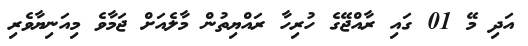
އަދި މޭ 01 ގައި ރާއްޖޭގެ ހުރިހާ ރައްޔިތުން މާލެއަށް ޖަމާވެ މިއަނިޔާވެރި